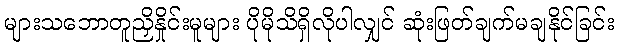
များသဘောတူညှိနှိုင်းမူများ ပိုမိုသိရှိလိုပါလျှင် ဆုံးဖြတ်ချက်မချနိုင်ခြင်း